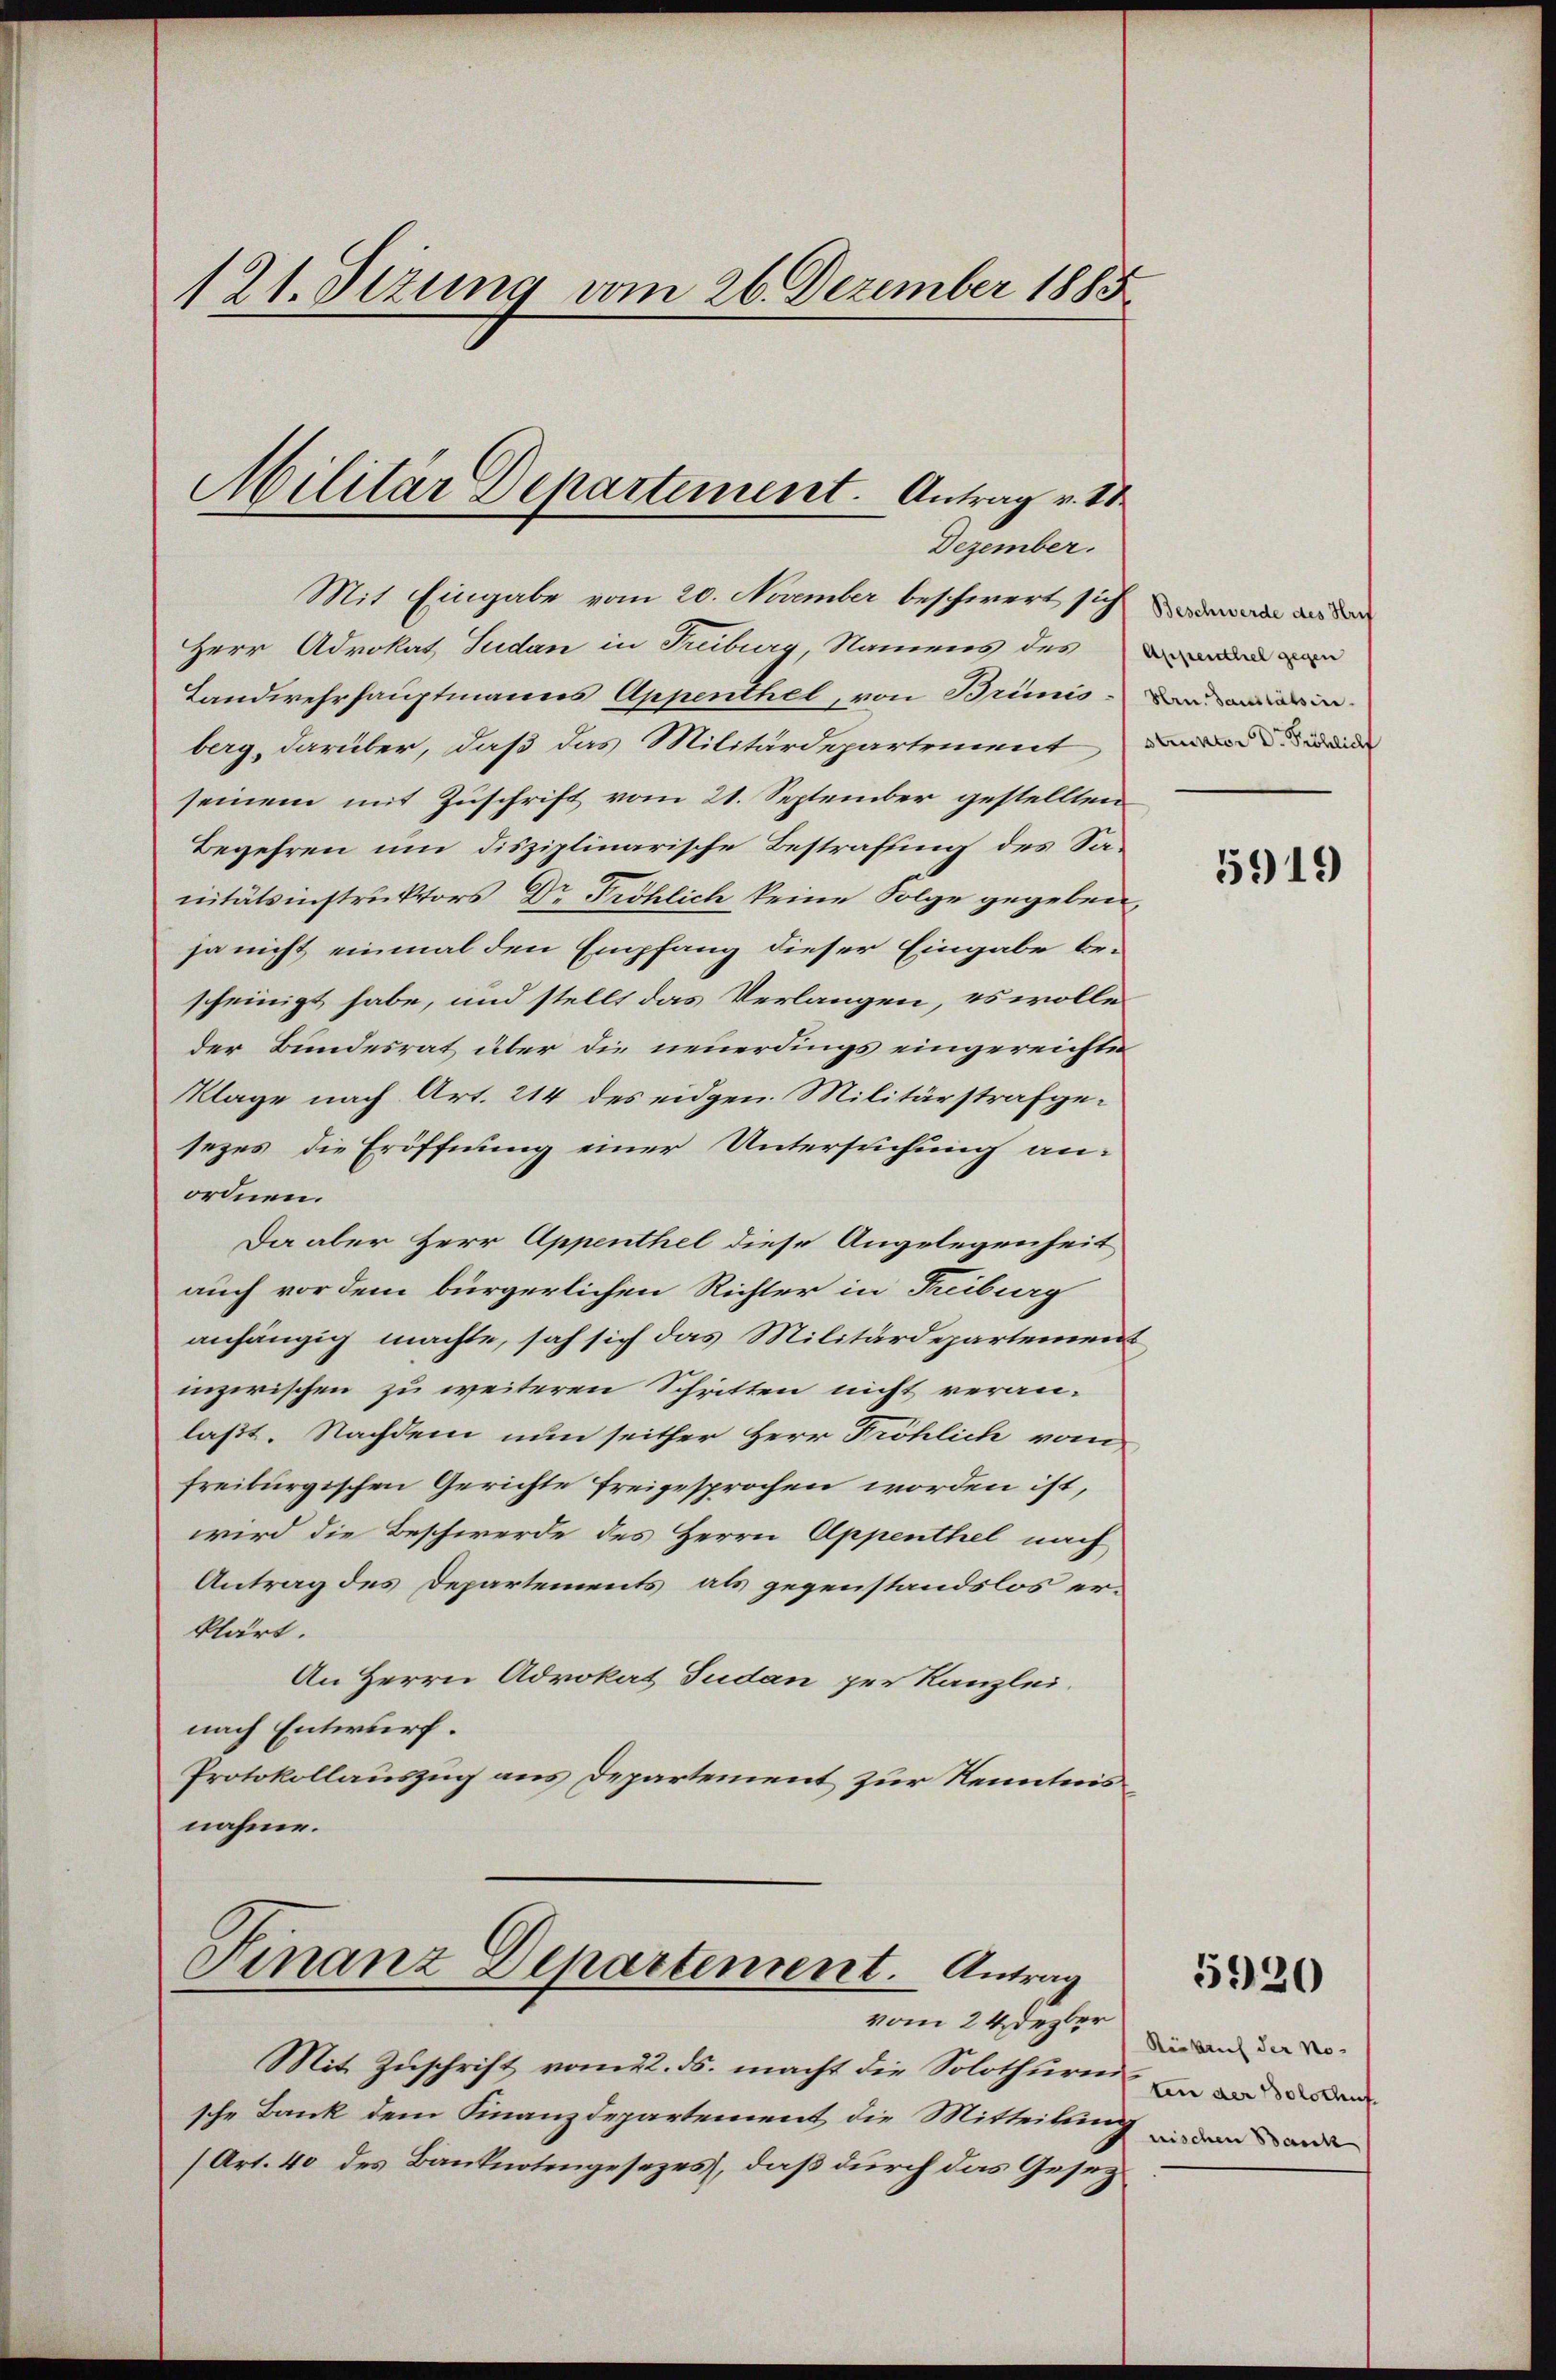
121. Jezung vom 26. Dezember 1885

Mit Eingabe vom 20. November beschwert sich war ander
Herr Advokat Sudan in Freiburg, Namens des
Landwehrhauptmanns Appenthel, von Brimis den erin
berg, darüber, daß das Militärdepartement des den
seinem mit Zuschrift vom 21. September gestellten
Begehren um disziplinarische Bestraffung des Sanitätsinstruktors Dr Fröhlich keine Folge gegeben.
ja nicht einmal den Empfang dieser Eingabe bescheinigt habe, und stellt das Verlangen, es wolle
der Bundesrat über die neuerdings eingereichte
Klage nach Art. 214 des eidgen. Militärstrafgesezes die Eröffnung einer Untersuchung an-
ordnen.
Da aber Herr Appenthel diese Angelegenheit
auch vor dem bürgerlichen Richter in Freiburg
anhängig machte, sah sich das Militärdepartement
inzwischen zu weiteren Schritten nicht veranlaßt. Nachdem nun seither Herr Fröhlich vom
freiburgischen Gerichte freigesprochen worden ist,
wird die Beschwerde des Herrn Appenthel nach
Antrag des Departements, als gegenstandslos erklärt.
An Herrn Advokat Tudan per Kanzlei.
nach Entwurf.
Protokollauszug aus Departement zur Kenntnisnahme.

Militär Departement. Antrag v. St
Dezember.

Finanz Departement. Antrag
vom 24. Dezber

Mit Zuschrift vom 22. ds. macht die Solothurn
sche Bank dem Finanzdepartement die Mitteilun
(Art. 40 des Banknotengesezes, daß durch das Gesez¬

Rücksich der Noun der Bolschuf
Inischen Bank

5919

5920